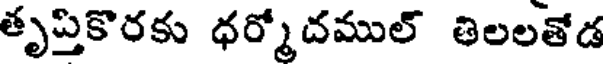
తృప్తికొరకు ధర్మోదముల్ తిలలతోడ